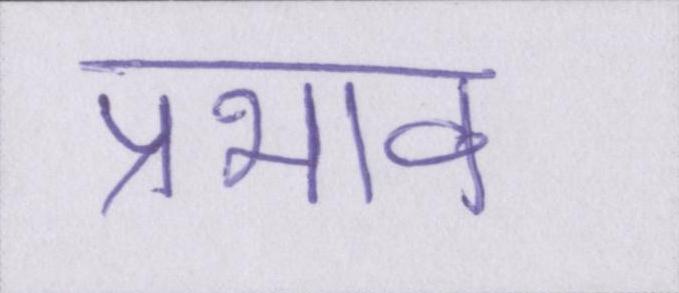
प्रभाव